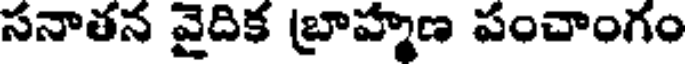
సనాతన వైదిక బ్రాహ్మణ పంచాంగం